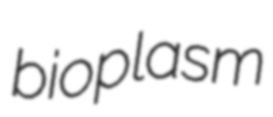
bioplasm